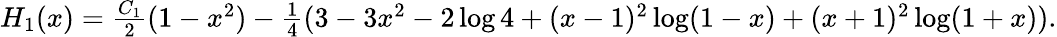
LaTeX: \begin{array}{r}{H_{1}(x)=\frac{C_{1}}{2}(1-x^{2})-\frac 14(3-3x^{2}-2\log 4+(x-1)^{2}\log(1-x)+(x+1)^{2}\log(1+x)).}\end{array}